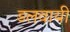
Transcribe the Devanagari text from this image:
डलवायी